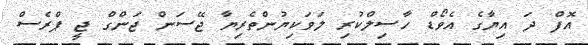
އޮފް ދަ އިޔާގެ އެވޯޑް ހާސިލްކުރި ލަވަކިޔުންތެރިޔާ ޖޭސަން ޖަންގް ޖީ ޕްރެސް